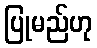
ပြုမည်ဟု